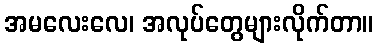
အမလေးလေ၊ အလုပ်တွေများလိုက်တာ။